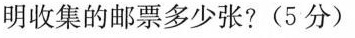
明收集的邮票多少张?(5分)